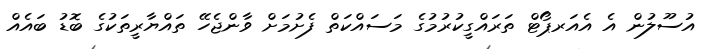
އުސޫލުން އެ އެއަރޕޯޓް ތަރައްގީކުރުމުގެ މަސައްކަތް ފެށުމަށް ވާންޖެހޭ ތައްޔާރީތަކުގެ ބޮޑު ބައެއް